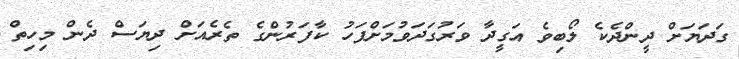
ގަދަޔަށް ދީންދެކެ ލޯބިވެ އަގީދާ ވަރުގަދަވުމަށްފަހު ކާފަރުންގެ ތެރެއަށް ދިޔަސް ދެން މިހިތް